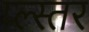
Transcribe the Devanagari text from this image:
प्ल्स्तर